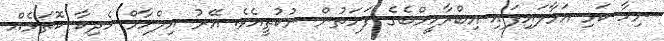
ނިހާ ކަޅި އަޅާލައިފައި އިބްރާހީމްބެގެ ފަހަތުން ނުކުތީއެވެ. އޭރު އިލްހާމް ހެދިކާ ކޮތަޅެއް